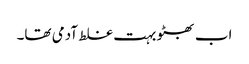
اب بھٹو بہت غلط آدمی تھا۔